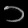
Digit: ၁